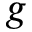
g